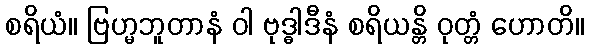
စရိယံ။ ဗြဟ္မဘူတာနံ ဝါ ဗုဒ္ဓါဒီနံ စရိယန္တိ ဝုတ္တံ ဟောတိ။